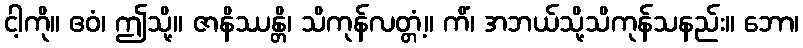
ငါ့ကို။ ဧဝံ၊ ဤသို့။ ဇာနိဿန္တိ၊ သိကုန်လတ္တံ့။ ကိံ၊ အဘယ်သို့သိကုန်သနည်း။ ဘော၊